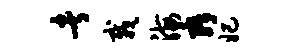
者栽海舜妃